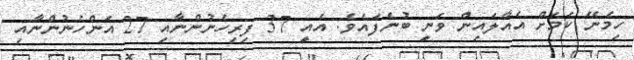
ހިމެނޭ ކަމަށް އެއާލައިން ވަނީ ބުނެފައެވެ. އެއީ 37 ފިރިހެނުންނާއި 27 އަންހެނުންނާއި